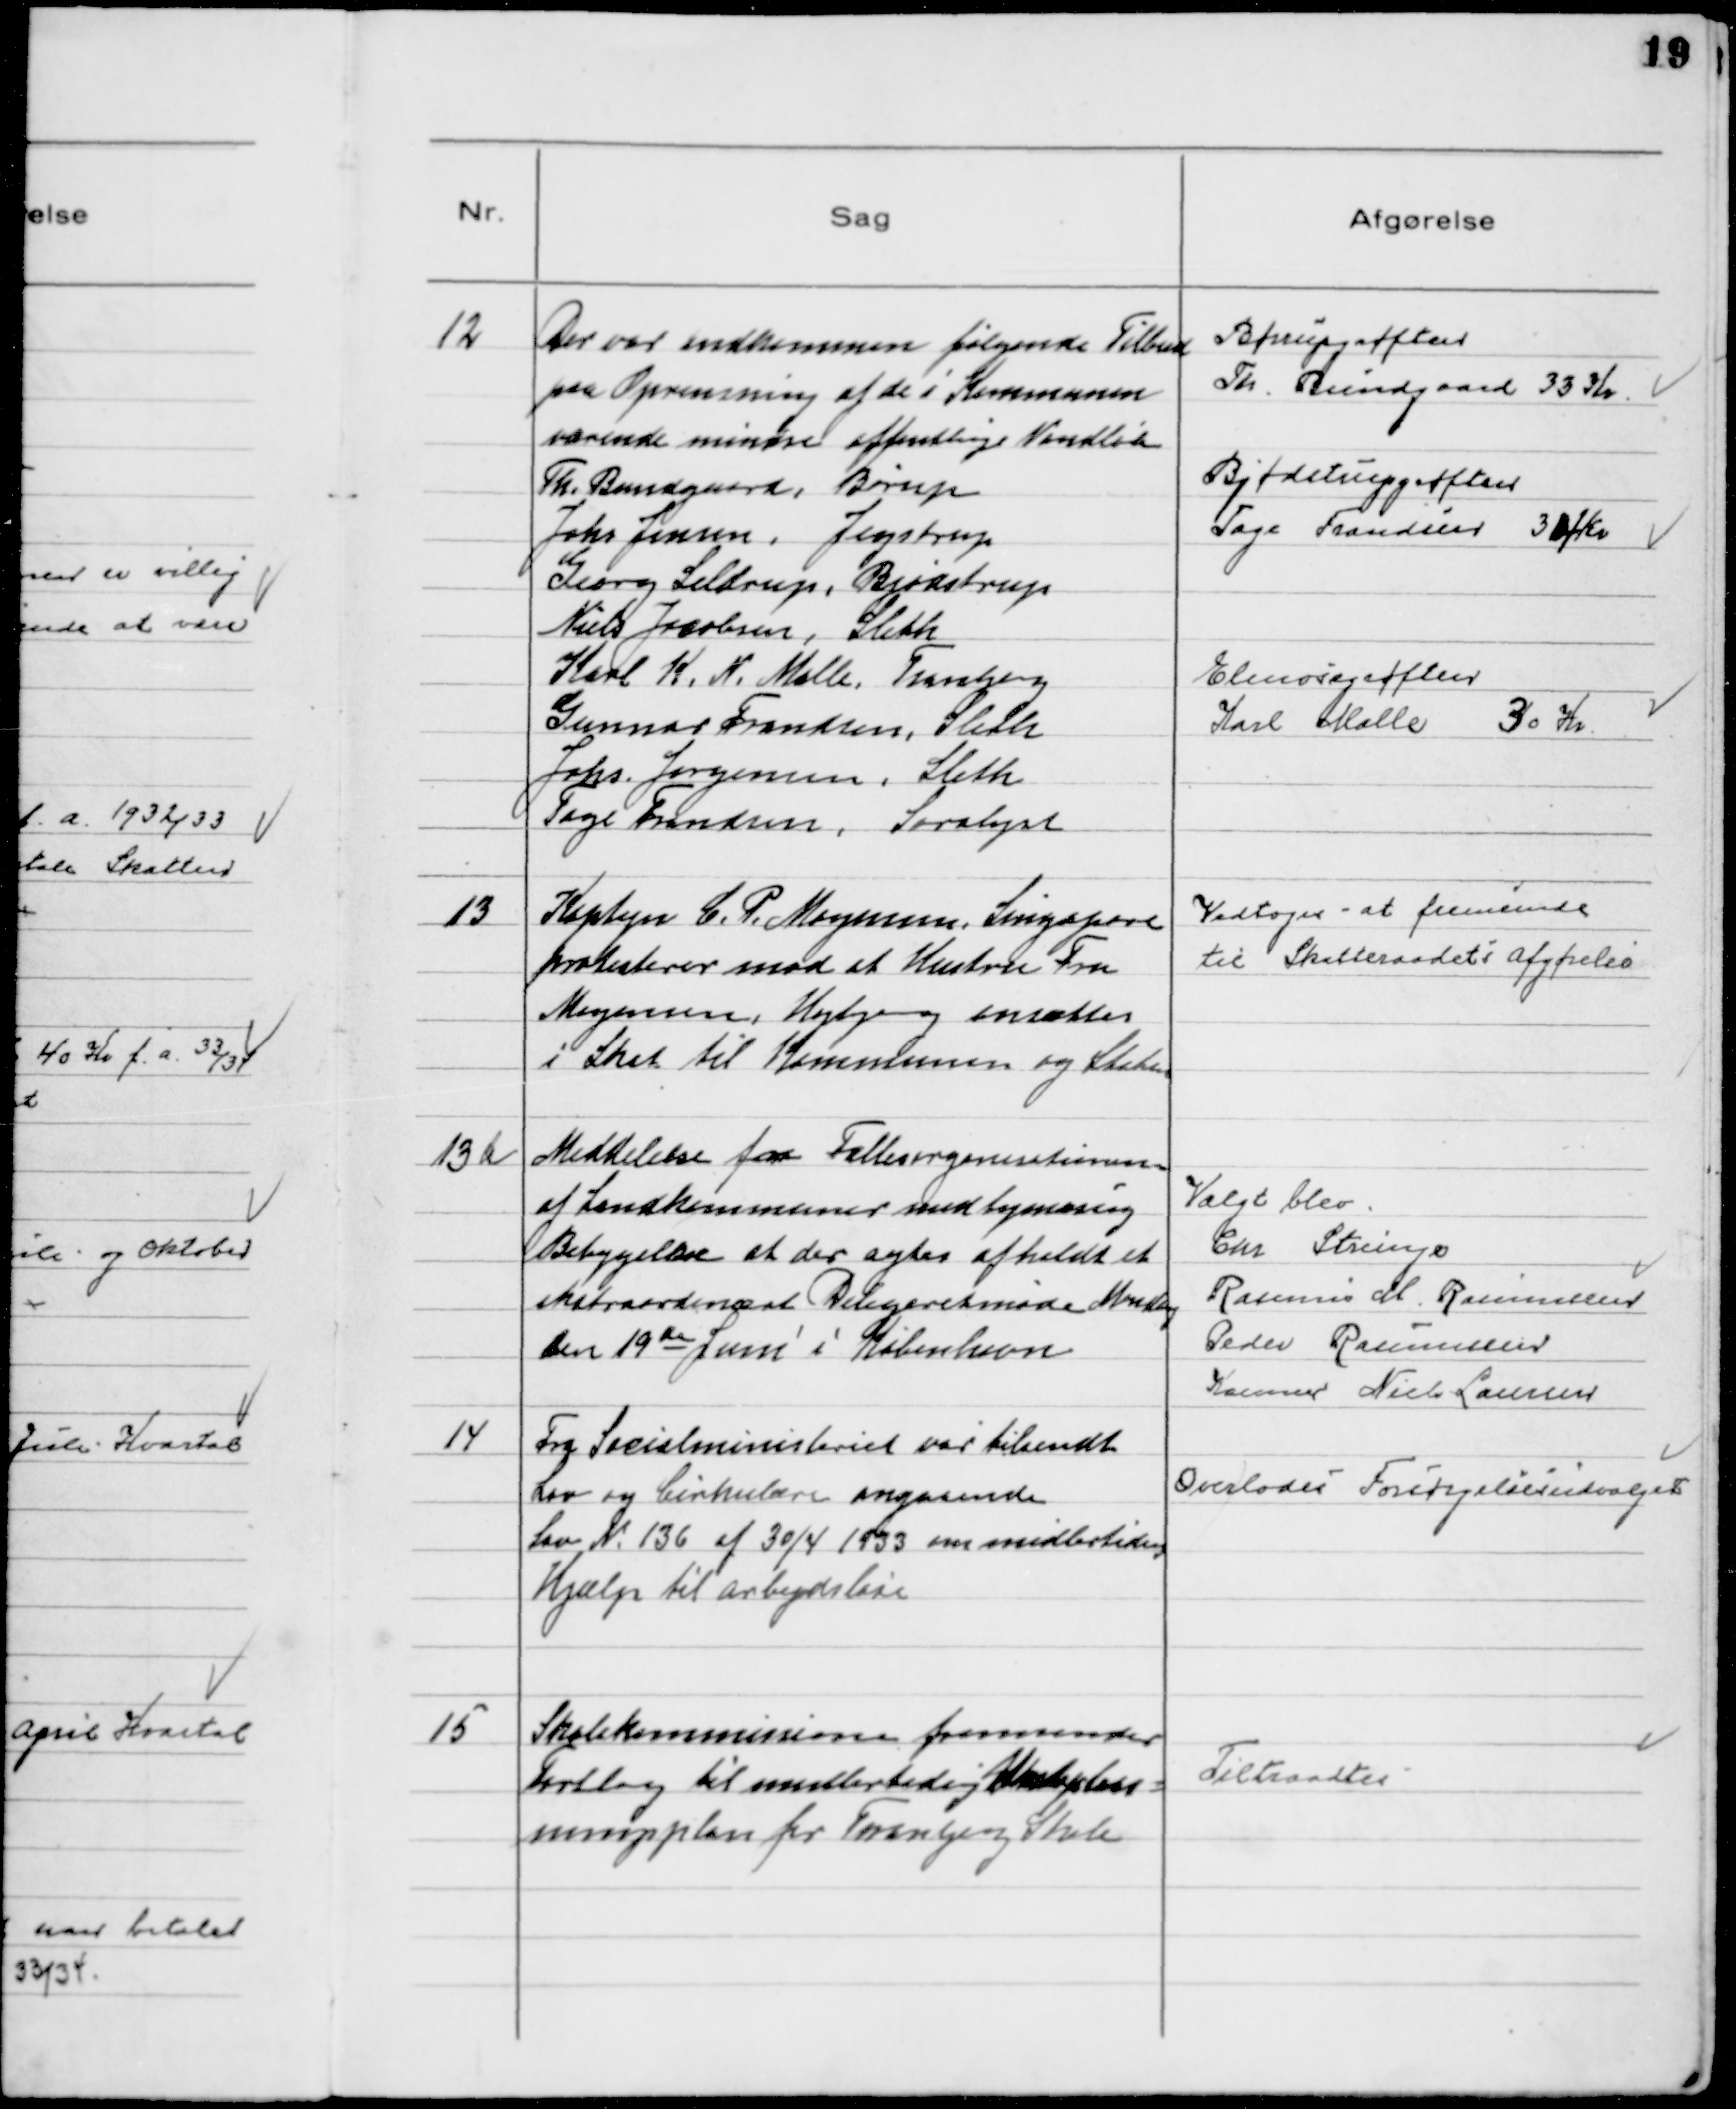
Transskription:
12
Der var indkommen følgende Tilbud
paa Oprensning af de i Kommunen
værende mindre offentlige Vandløb
Th. Bundgaard, Børup
Johs Jensen, Jegstrup
Georg Seldrup, Bjødstrup
Niels Jacobsen, Sleth
Karl K. N. Malle, Tranbjerg
Gunnar Frandsen, Sleth
Johs. Jørgensen, Sleth
Tage Frandsen, Saralyst

Børupgrøften
Th. Bundgaard 33 Kr.
Bjødstrupgrøften
Tage Frandsen 30 Kr
Elmosegrøften
Karl Malle
30 Kr

13
Kaptajn C. P. Mogensen, Singapore
protesterer mod at Hustru Fru
Mogensen, Højbjerg ansættes
i Skat til Kommunen og Staten

Vedtoges at fremsende
til Skatteraadets Afgørelse

13 a
Meddelelse fra Fællesorganisationen
af Landkommuner med bymæssig
Bebyggelse at der agtes afholdt et
Ekstraordinært Delegeretmøde Mandag
den 19 de Juni i København

Valgt blev
Chr Strunge
Rasmus M. Rasmussen
Peder Rasmussen
Kasserer Niels Laursen

14
Fra Socialministeriet var tilsendt
Lov og Cirkulære angaaende
Lov № 136 af 30/4 1933 om midlertidig
Hjælp til Arbejdsløse

Overlodes Forsørgelsesudvalget

15
Skolekommissionen fremsender
Forslag til midlertidig Undervis-
ningsplan for Tranbjerg Skole

Tiltraadtes